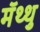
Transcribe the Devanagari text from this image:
मॅथ्थु